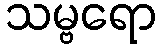
သမ္ဗရော